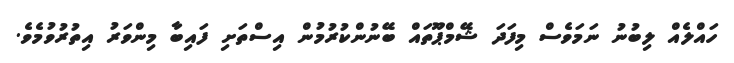
ހައްލެއް ލިބުނު ނަމަވެސް މިފަދަ ޝޭމްޕޫތައް ބޭނުންކުރުމުން އިސްތަށި ފައިބާ މިންވަރު އިތުރުވުމެވެ.